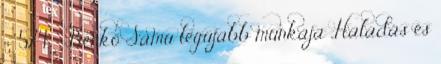
– 574. : Benkő Samu legújabb munkája „Haladás és